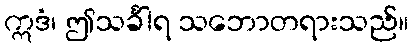
ဣဒံ၊ ဤသင်္ခါရ သဘောတရားသည်။